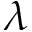
\lambda